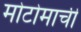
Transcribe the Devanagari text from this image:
मोटोमाची